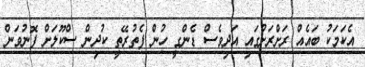
އެކަމަކު ބައެއް ރަށްރަށުގައި އަދިވެސް ޑެންގީ ހުން ފެތުރޭތީ ކުދިން ސްކޫލަށް ފޮނުވަން